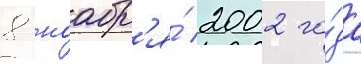
8 ноабр'я́ 2002 го́да